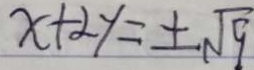
x + 2 y = \pm \sqrt { 9 }